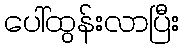
ပေါ်ထွန်းလာပြီး